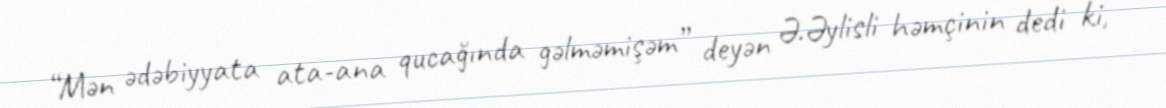
“Mən ədəbiyyata ata-ana qucağında gəlməmişəm” deyən Ə.Əylisli həmçinin dedi ki,